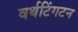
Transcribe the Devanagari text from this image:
वर्थटिंगटन